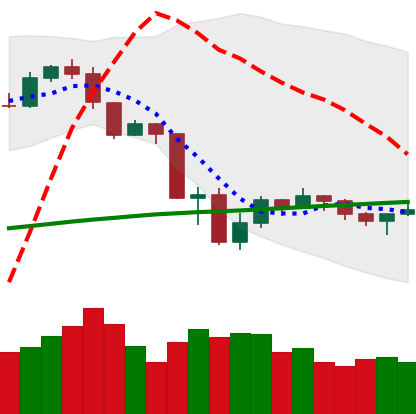
Ticker: ETH-USD
Chart end date: 2019-07-25
Forward return: -4.141%
Label: down_3_5